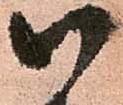
以